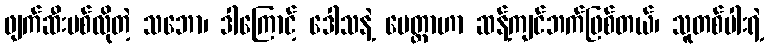
ဖျက်ဆီးပစ်လိုတဲ့ သဘော၊ ဒါကြောင့် ဒေါသနဲ့ မေတ္တာဟာ ဆန့်ကျင်ဘက်ဖြစ်တယ်၊ သူတစ်ပါးရဲ့